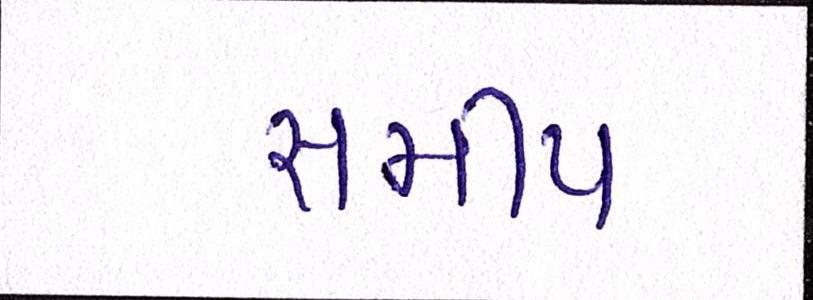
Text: સમીપ